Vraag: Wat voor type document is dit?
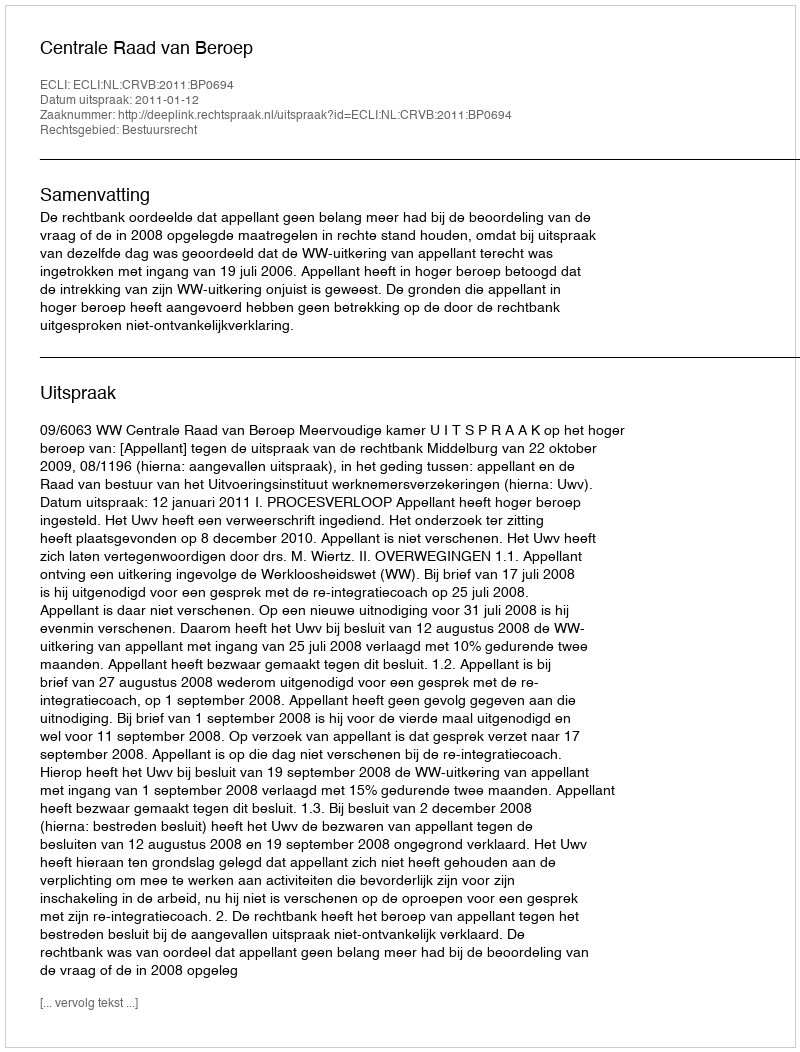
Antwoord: Uitspraak